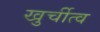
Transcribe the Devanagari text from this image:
खुर्चीत्व